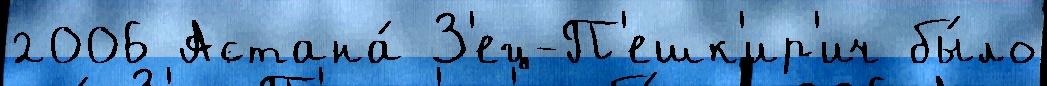
2006 Астана́ З'ец-П'ешк'ир'ич бы́ло